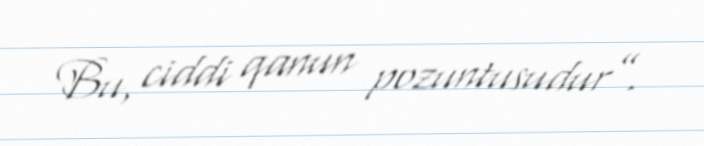
Bu, ciddi qanun pozuntusudur”.